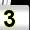
Digit: 3